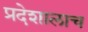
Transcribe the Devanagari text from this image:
प्रदेशालाच